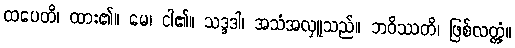
ထပေတိ၊ ထား၏။ မေ၊ ငါ၏။ သဒ္ဒဒါ၊ အသံအလှူသည်။ ဘဝိဿတိ၊ ဖြစ်လတ္တံ့။